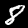
Digit: 8